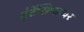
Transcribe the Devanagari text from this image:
इंटेंसिफायर